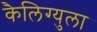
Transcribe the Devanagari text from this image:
कैलिग्युला